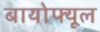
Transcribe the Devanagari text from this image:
बायोफ्यूल